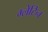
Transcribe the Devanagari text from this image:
ग्लेटिन